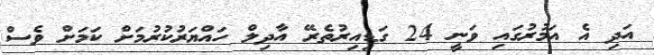
އަދި އެ އަމުރުގައި ވަނީ 24 ގަޑިއިރުތެރޭ އާދިލް ހައްޔަރުކުރުމަށް ކަމަށް ވެސް